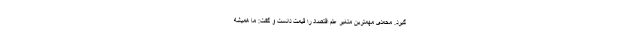
گیرد. محمدی مهمترین متغیر علم اقتصاد را قیمت دانست و گفت: ما همیشه